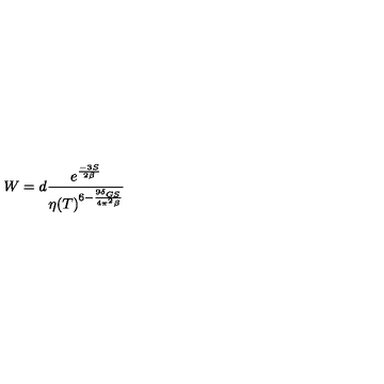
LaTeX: W = d \frac { e ^ { \frac { - 3 S } { 2 \beta } } } { \eta ( T ) ^ { 6 - \frac { 9 \delta _ { G S } } { 4 \pi ^ { 2 } \beta } } }